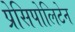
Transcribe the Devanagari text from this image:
प्रेसिपोलिटेन